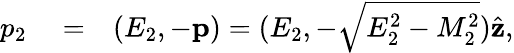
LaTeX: \begin{array}{rlr}{p_{2}}&{{}=}&{(E_{2},-\mathbf{p})=(E_{2},-\sqrt{E_{2}^{2}-M_{2}^{2}})\hat{\mathbf{z}},}\end{array}